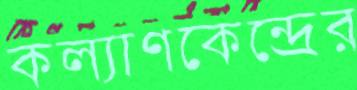
কল্যাণকেন্দ্রের